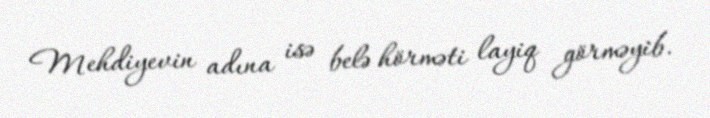
Mehdiyevin adına isə belə hörməti layiq görməyib.